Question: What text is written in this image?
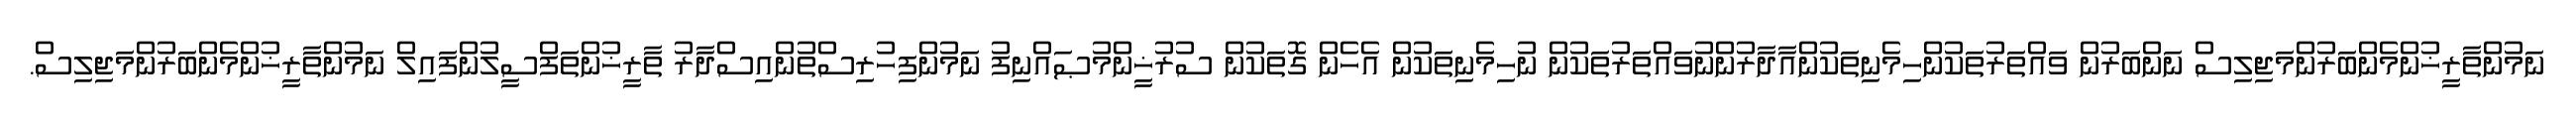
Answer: ނަމުންތާރީޚުންމެންބަރުންމަޖިލިސް ނަންބަރުން ވައްތަރުތަކުންހިމެނިތަކުންއާދާރުންނުވައްތަރުތަކުން ނުހިމެނިތަކުން އެހެން ގޮތަކުން ސުރުޚީންމުޞައްނިފު ނަމުންފިހުރިސްތުންއިސްދާރު ތާރީޚުންތަފްސީލުންފައިލް ނަމުންތާރީޚުންމެންބަރުންމަޖިލިސް.